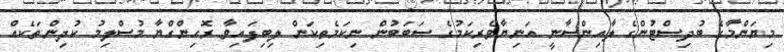
މިޔަންމާގެ ބުދިސްޓުންގެ ލާއިންސާނީ އަނިޔާވެރިކަމުގެ ސަބަބުން ނިކަމެތިކަން ލިބިފައިވާ ރޮހިންގްޔާ މުސްލިމު ކުދިންތަކެއް